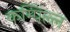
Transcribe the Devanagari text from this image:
कम्पिल्ल